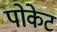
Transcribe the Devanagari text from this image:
पोकेट